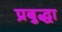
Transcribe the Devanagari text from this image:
प्रबुद्धा